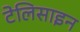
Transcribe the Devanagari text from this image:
टेलिसाइन